Source: Handwritten
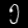
Digit: ၅ (5)